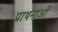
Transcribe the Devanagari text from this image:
प्राथनाओं